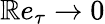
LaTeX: \mathbb{R}e_{\tau}\rightarrow0